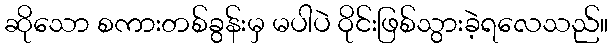
ဆိုသော စကားတစ်ခွန်းမှ မပါပဲ ဝိုင်းဖြစ်သွားခဲ့ရလေသည်။